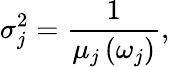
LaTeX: \sigma_{j}^{2}=\frac{1}{\mu_{j}\left(\omega_{j}\right)},